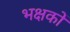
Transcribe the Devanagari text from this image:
भक्षकों